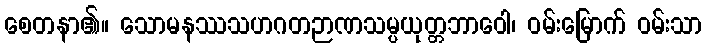
စေတနာ၏။ သောမနဿသဟဂတဉာဏသမ္ပယုတ္တဘာဝေါ၊ ဝမ်းမြောက် ဝမ်းသာ